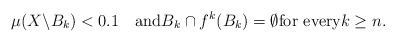
LaTeX: \begin{align*}\mu(X{\setminus}B_k)<0.1\quad\textrm{and} B_k\cap f^k(B_k)=\emptyset\textrm{for every}k\ge n. \end{align*}